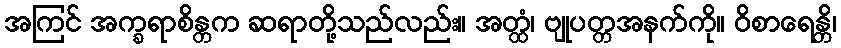
အကြင် အက္ခရာစိန္တက ဆရာတို့သည်လည်း။ အတ္ထံ၊ ဗျုပတ္တအနက်ကို။ ဝိစာရေန္တိ၊